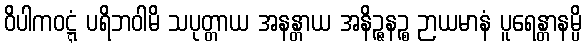
ဝိပါကဝဋ္ဋံ ပရိဘဝါမိ သပုတ္တာယ အနန္တာယ အနိဉ္ဇနဉ္စ ဉာယမာနံ ပူရေန္တာနမ္ပိ